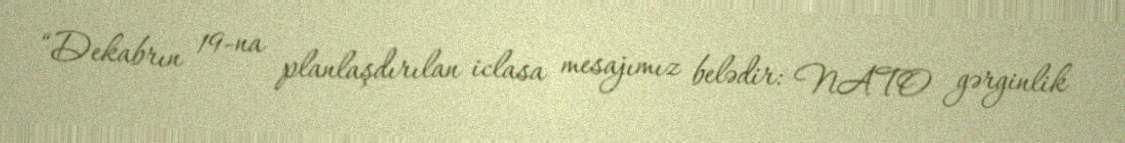
“Dekabrın 19-na planlaşdırılan iclasa mesajımız belədir: NATO gərginlik